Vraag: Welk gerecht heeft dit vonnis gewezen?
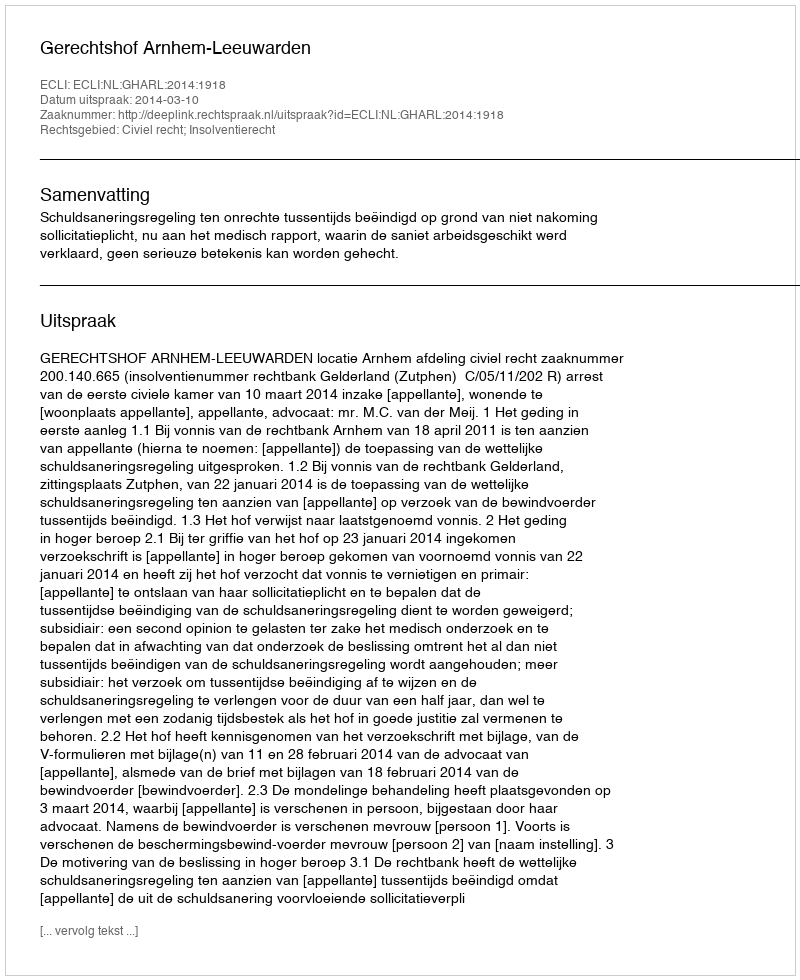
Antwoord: Gerechtshof Arnhem-Leeuwarden